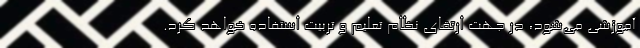
آموزشی می‌شود، در جهت ارتقای نظام تعلیم و تربیت استفاده خواهد کرد.